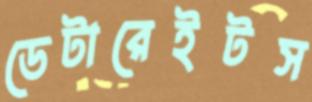
ডেটারেইটস